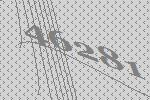
46281